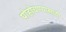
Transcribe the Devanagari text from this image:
पोहोचण्‍यासाठी